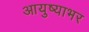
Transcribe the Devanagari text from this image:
आयुष्याभर